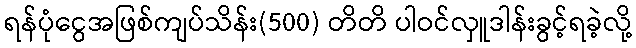
ရန်ပုံငွေအဖြစ်ကျပ်သိန်း(500) တိတိ ပါဝင်လှူဒါန်းခွင့်ရခဲ့လို့